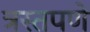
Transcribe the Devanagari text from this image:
त्रस्तपणे